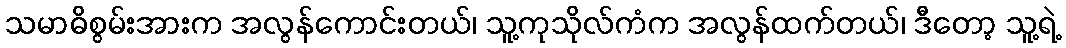
သမာဓိစွမ်းအားက အလွန်ကောင်းတယ်၊ သူ့ကုသိုလ်ကံက အလွန်ထက်တယ်၊ ဒီတော့ သူ့ရဲ့